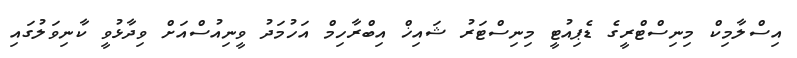
އިސްލާމިކް މިނިސްޓްރީގެ ޑެޕިއުޓީ މިނިސްޓަރު ޝައިޚް އިބްރާހިމް އަހުމަދު ވީނިއުސްއަށް ވިދާޅުވީ ކާނިވަލުގައި